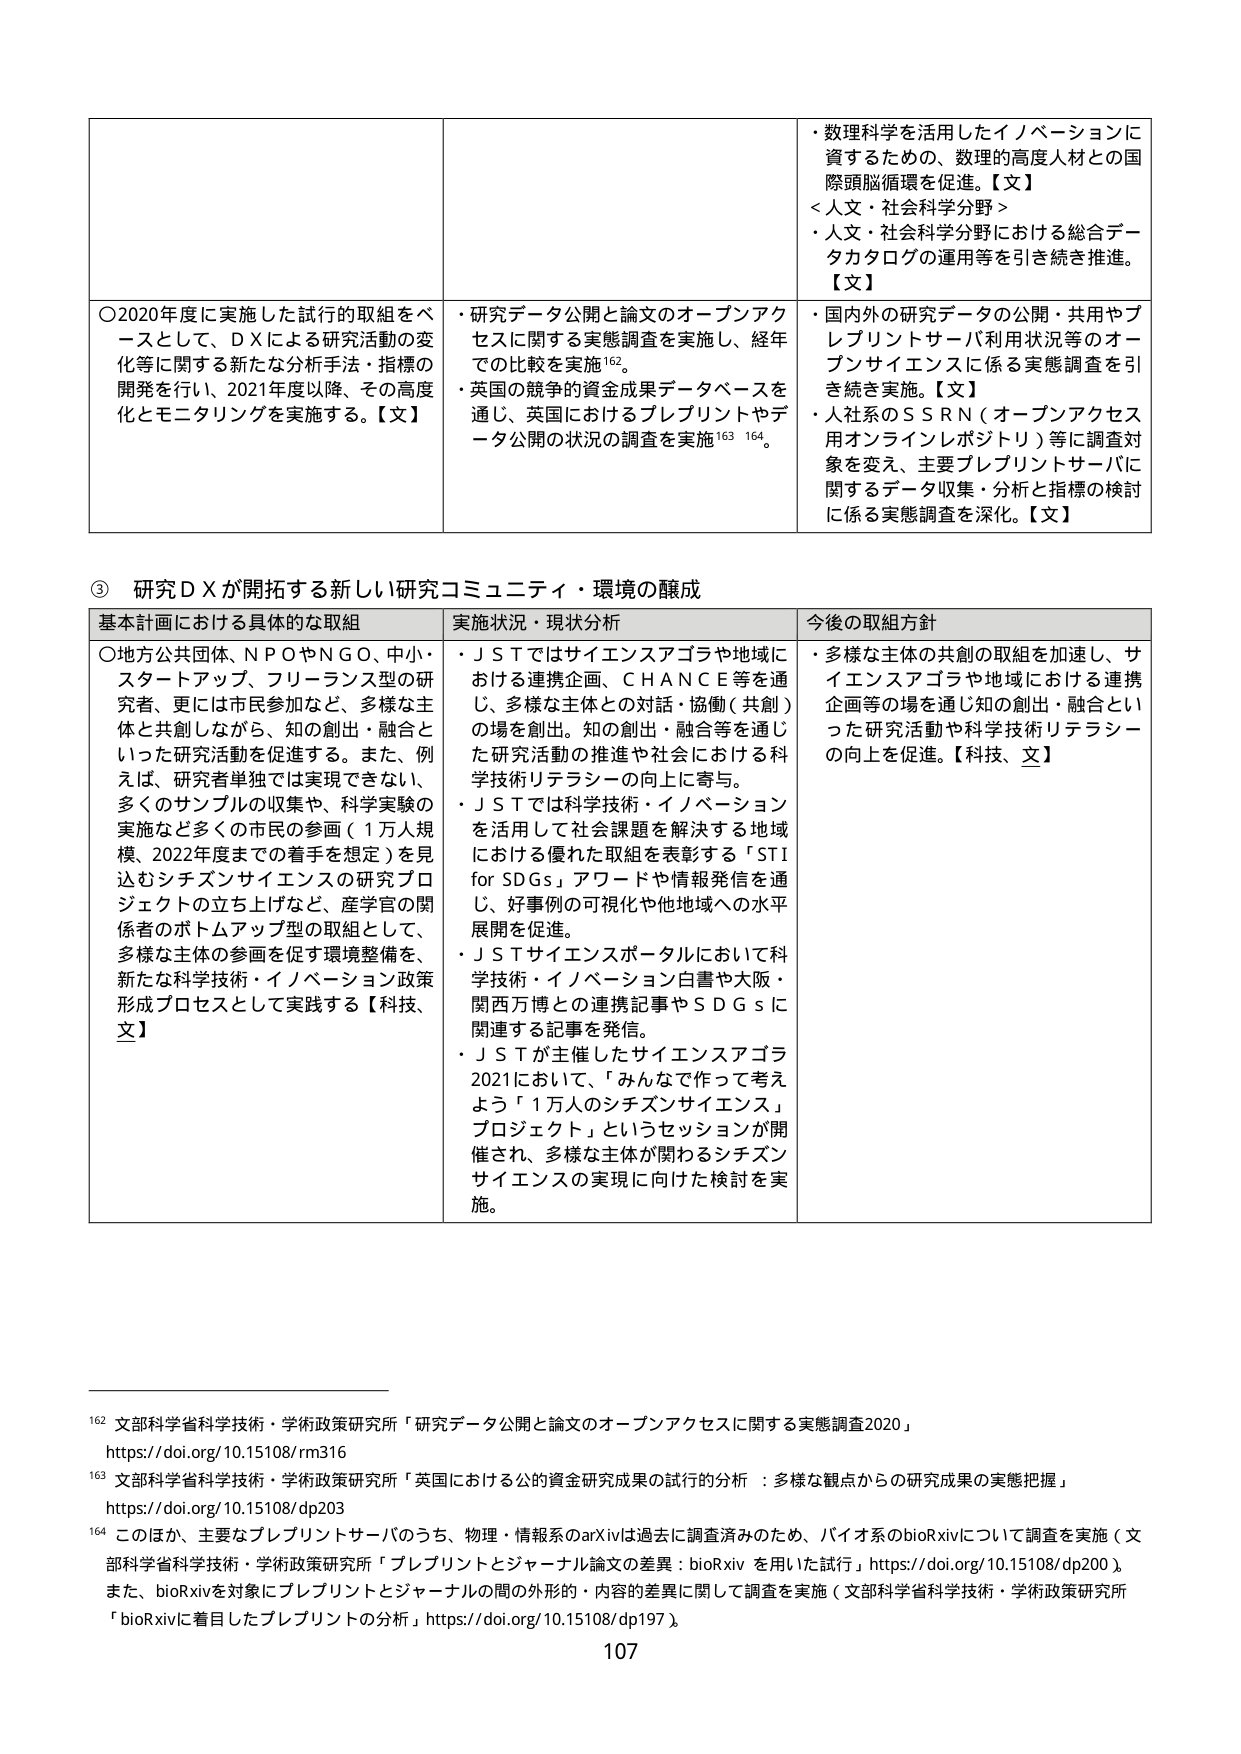
・数理科学を活用したイノベーションに
資するための、数理的高度人材との国
際頭脳循環を促進。【文】
＜人文・社会科学分野＞
・人文・社会科学分野における総合デー
タカタログの運用等を引き続き推進。
【文】

〇2020年度に実施した試行の取組をベ
ースとして、ＤＸによる研究活動の変
化等に関する新たな分析手法・指標の
開発を行い、2021年度以降、その高度
化とモニタリングを実施する。【文】

・研究データ公開と論文のオープンアク
セスに関する実態調査を実施し、経年
での比較を実施¹⁶²。
・英国の競争的資金成果データベースを
通じ、英国におけるプレプリントやデー
タ公開の状況の調査を実施¹⁶³ ¹⁶⁴。

・国内外の研究データの公開・共用やプ
レプリントサーバ利用状況等のオー
プンサイエンスに係る実態調査を引
き続き実施。【文】
・人材系のＳＲＮ（オープンアクセス
用オンラインレポジトリ）等に調査対
象を変え、主要プレプリントサーバに
関するデータ収集・分析と指標の検討
に係る実態調査を深化。【文】

③ 研究ＤＸが開拓する新しい研究コミュニティ・環境の醸成

基本計画における具体的な取組
〇地方公共団体、ＮＰＯやＮＧＯ、中小・
スタートアップ、フリーランス型の研
究者、更には市民参加など、多様な主
体と共創しながら、知の創出・融合と
いった研究活動を促進する。また、例
えば、研究者単独では実現できない、
多くのサンプルの収集や、科学実験の
実施など多くの市民の参画（１万人規
模、2022年度までの着手を想定）を見
込むシチズンサイエンスの研究プロ
ジェクトの立ち上げなど、産学官の関
係者のボトムアップ型の取組として、
多様な主体の参画を促す環境整備を、
新たな科学技術・イノベーション政策
形成プロセスとして実践する【科技、
文】

実状況・現状分析
・ＪＳＴではサイエンスアゴラや地域に
おける連携企画、ＣＨＡＮＣＥ等を通
じ、多様な主体との対話・協働（共創）
の場を創出。知の創出・融合等を通じ
た研究活動の推進や社会における科
学技術リテラシーの向上に寄与。
・ＪＳＴでは科学技術・イノベーション
を活用して社会課題を解決する地域
における優れた取組を表彰する「STI
for SDGs」アワードや情報発信を通
じ、好事例の可視化や他地域への水平
展開を促進。
・ＪＳＴサイエンスポータルにおいて科
学技術・イノベーション白書や大阪・
関西万博との連携記事やＳＤＧｓに
関連する記事を発信。
・ＪＳＴが主催したサイエンスアゴラ
2021において、「みんなで作って考え
よう「１万人のシチズンサイエンス」
プロジェクト」というセッションが開
催され、多様な主体が関わるシチズン
サイエンスの実現に向けた検討を実
施。

今後の取組方針
・多様な主体の共創の取組を加速し、サ
イエンスアゴラや地域における連携
企画等の場を通じ知の創出・融合とい
った研究活動や科学技術リテラシー
の向上を促進。【科技、文】

¹⁶² 文部科学省科学技術・学術政策研究所「研究データ公開と論文のオープンアクセスに関する実態調査2020」
https://doi.org/10.15108/rm316

¹⁶³ 文部科学省科学技術・学術政策研究所「英国における公的資金研究成果の試行的分析：多様な観点からの研究成果の実態把握」
https://doi.org/10.15108/dp203

¹⁶⁴ このほか、主要なプレプリントサーバのうち、物理・情報系のarXivは過去に調査済みのため、バイオ系のbioRxivについて調査を実施（文部科学省科学技術・学術政策研究所「プレプリントとジャーナル論文の差異：bioRxivを用いた試行」https://doi.org/10.15108/dp200）。また、bioRxivを対象にプレプリントとジャーナルの間の外形的・内容的差異に関して調査を実施（文部科学省科学技術・学術政策研究所「bioRxivに着目したプレプリントの分析」https://doi.org/10.15108/dp197）。

107